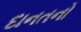
દાનતનો